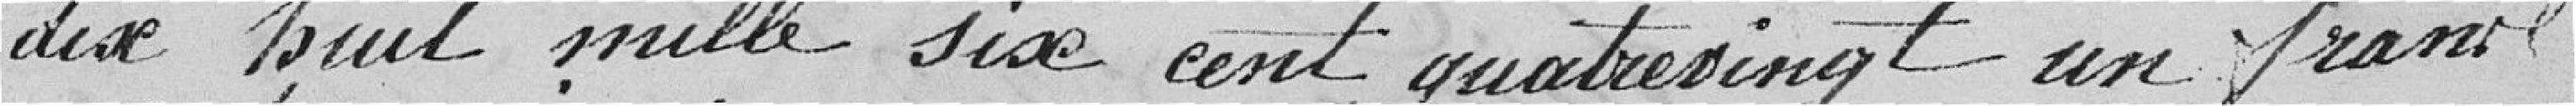
dix huit mille six cent quatre vingt un francs